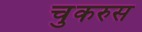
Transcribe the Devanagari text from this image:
चुकरुस